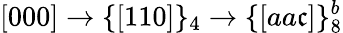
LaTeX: [000]\rightarrow\{ [110]\} _{4}\rightarrow\{ [aa\mathfrak{c}]\} _{8}^{b}